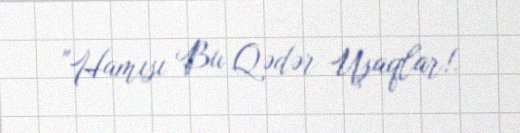
"Hamısı Bu Qədər Uşaqlar!.